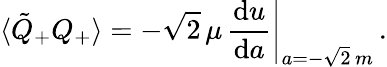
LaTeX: \langle\tilde{Q}_{+}Q_{+}\rangle=-\left.\sqrt{2}\, \mu\, \frac{\mathrm{d}u}{\mathrm{d}a}\right|_{a=-\sqrt{2}\, m}\, .